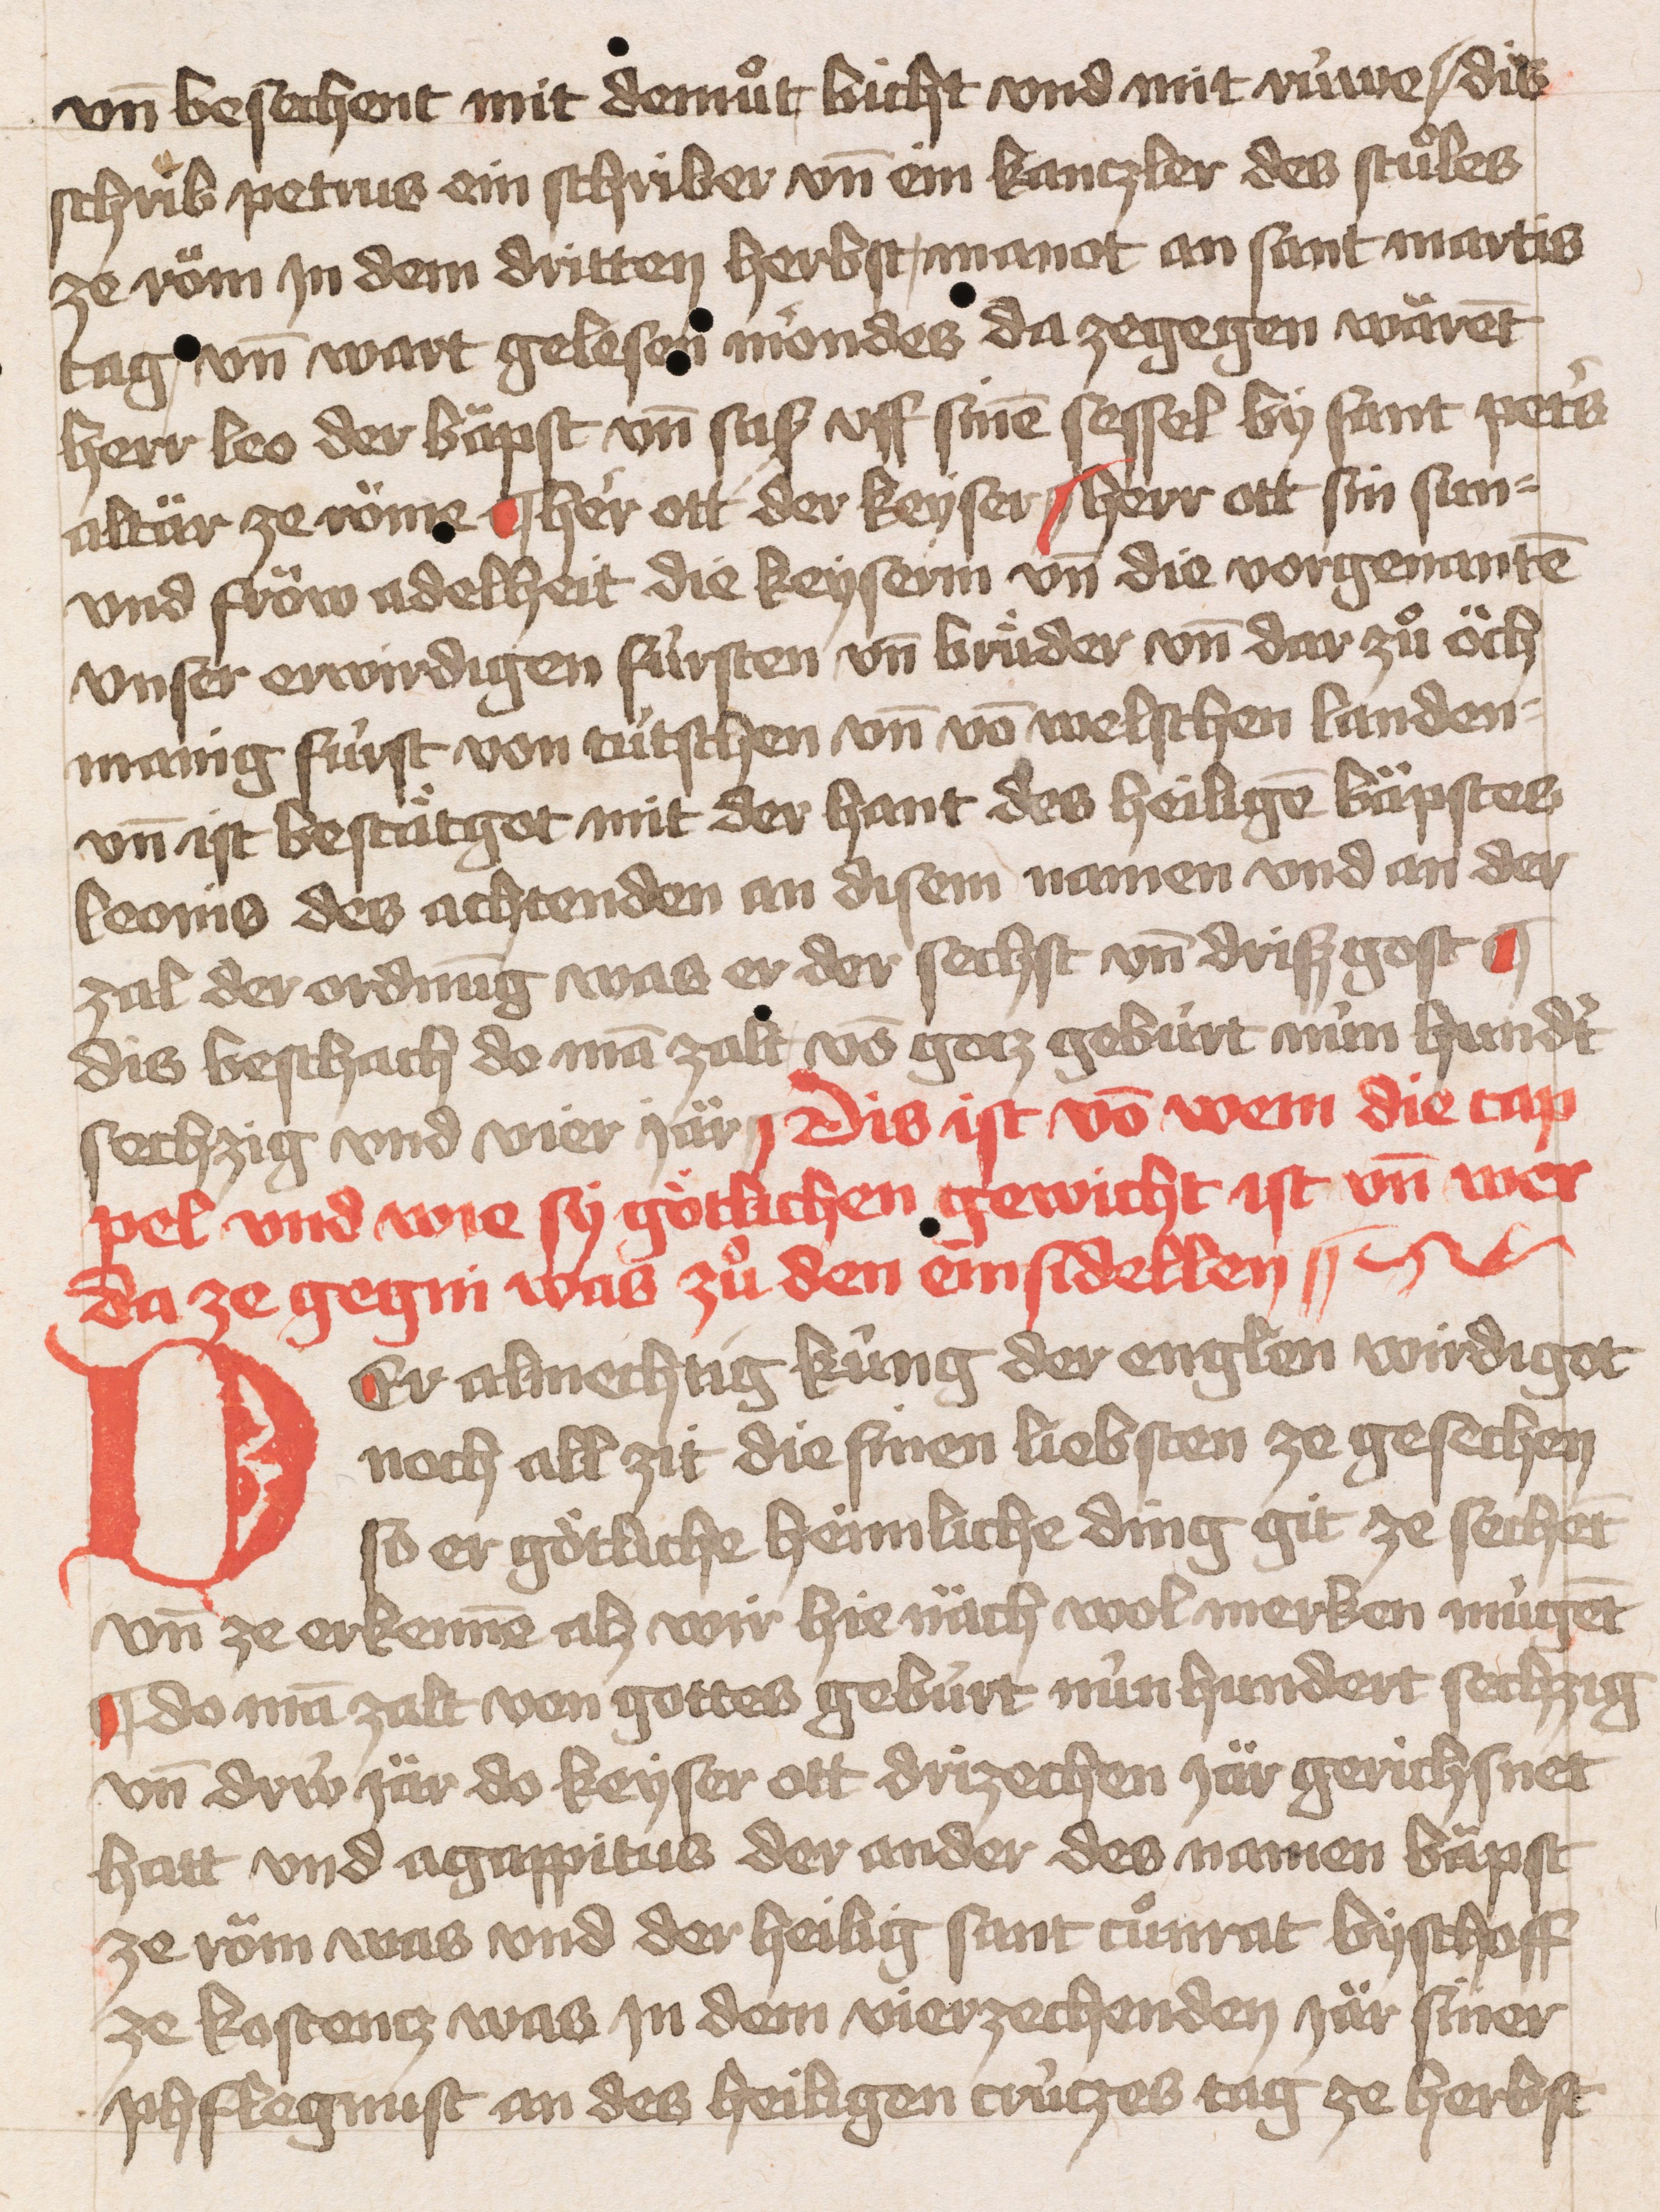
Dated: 1451–1451